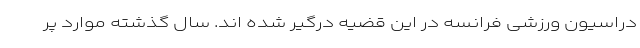
دراسیون ورزشی فرانسه در این قضیه درگیر شده اند. سال گذشته موارد پر